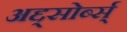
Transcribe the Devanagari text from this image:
अद्द्सोर्ब्स्